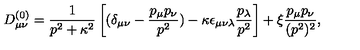
D _ { \mu \nu } ^ { ( 0 ) } = \frac { 1 } { p ^ { 2 } + \kappa ^ { 2 } } \left[ ( \delta _ { \mu \nu } - \frac { p _ { \mu } p _ { \nu } } { p ^ { 2 } } ) - \kappa \epsilon _ { \mu \nu \lambda } { \frac { p _ { \lambda } } { p ^ { 2 } } } \right] + \xi \frac { p _ { \mu } p _ { \nu } } { ( p ^ { 2 } ) ^ { 2 } } ,